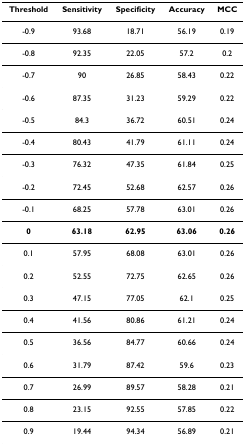
<table><thead><tr><td><b>Threshold</b></td><td><b>Sensitivity</b></td><td><b>Specificity</b></td><td><b>Accuracy</b></td><td><b>MCC</b></td></tr></thead><tbody><tr><td>-0.9</td><td>93.68</td><td>18.71</td><td>56.19</td><td>0.19</td></tr><tr><td>-0.8</td><td>92.35</td><td>22.05</td><td>57.2</td><td>0.2</td></tr><tr><td>-0.7</td><td>90</td><td>26.85</td><td>58.43</td><td>0.22</td></tr><tr><td>-0.6</td><td>87.35</td><td>31.23</td><td>59.29</td><td>0.22</td></tr><tr><td>-0.5</td><td>84.3</td><td>36.72</td><td>60.51</td><td>0.24</td></tr><tr><td>-0.4</td><td>80.43</td><td>41.79</td><td>61.11</td><td>0.24</td></tr><tr><td>-0.3</td><td>76.32</td><td>47.35</td><td>61.84</td><td>0.25</td></tr><tr><td>-0.2</td><td>72.45</td><td>52.68</td><td>62.57</td><td>0.26</td></tr><tr><td>-0.1</td><td>68.25</td><td>57.78</td><td>63.01</td><td>0.26</td></tr><tr><td><b>0</b></td><td><b>63.18</b></td><td><b>62.95</b></td><td><b>63.06</b></td><td><b>0.26</b></td></tr><tr><td>0.1</td><td>57.95</td><td>68.08</td><td>63.01</td><td>0.26</td></tr><tr><td>0.2</td><td>52.55</td><td>72.75</td><td>62.65</td><td>0.26</td></tr><tr><td>0.3</td><td>47.15</td><td>77.05</td><td>62.1</td><td>0.25</td></tr><tr><td>0.4</td><td>41.56</td><td>80.86</td><td>61.21</td><td>0.24</td></tr><tr><td>0.5</td><td>36.56</td><td>84.77</td><td>60.66</td><td>0.24</td></tr><tr><td>0.6</td><td>31.79</td><td>87.42</td><td>59.6</td><td>0.23</td></tr><tr><td>0.7</td><td>26.99</td><td>89.57</td><td>58.28</td><td>0.21</td></tr><tr><td>0.8</td><td>23.15</td><td>92.55</td><td>57.85</td><td>0.22</td></tr><tr><td>0.9</td><td>19.44</td><td>94.34</td><td>56.89</td><td>0.21</td></tr></tbody></table>